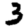
Digit: 3